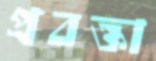
প্রবক্তা